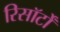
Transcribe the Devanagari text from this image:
रिसॉर्टों